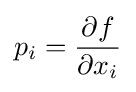
p_{i}={\frac {\partial f}{\partial x_{i}}}